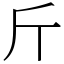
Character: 斤